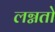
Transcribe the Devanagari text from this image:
लग्नतो